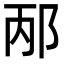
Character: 邴